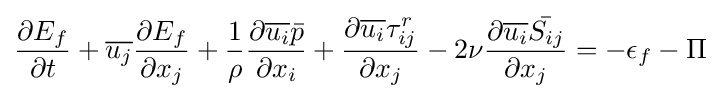
{\frac {\partial E_{f}}{\partial t}}+{\overline {u_{j}}}{\frac {\partial E_{f}}{\partial x_{j}}}+{\frac {1}{\rho }}{\frac {\partial {\overline {u_{i}}}{\bar {p}}}{\partial x_{i}}}+{\frac {\partial {\overline {u_{i}}}\tau _{ij}^{r}}{\partial x_{j}}}-2\nu {\frac {\partial {\overline {u_{i}}}{\bar {S_{ij}}}}{\partial x_{j}}}=-\epsilon _{f}-\Pi